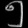
Digit: ၅